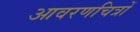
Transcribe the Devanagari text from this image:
आवरणचित्रों